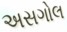
અસગોલ